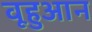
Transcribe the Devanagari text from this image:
वूहुआन